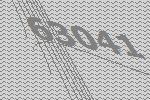
63041